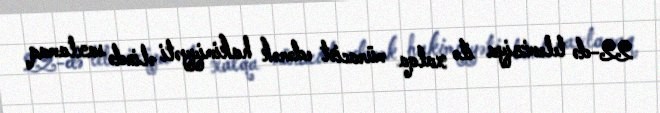
22-də televiziya ilə xalqa müraciət edərək hakimiyyəti əlində saxlamaq